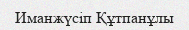
Иманжүсіп Құтпанұлы